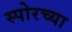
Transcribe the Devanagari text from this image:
स्पोरच्या